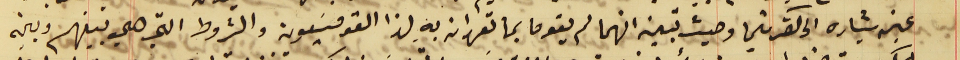
عين بشاره الى كفرشيما وحيث تبين انهما لم يقوما بما تعهدان به لهذا القومسَوين والشروط التي هي بينهم وبين